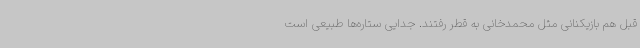
قبل هم بازیکنانی مثل محمدخانی به قطر رفتند. جدایی ستاره‌ها طبیعی است